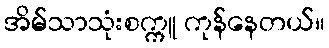
အိမ်သာသုံးစက္ကူ ကုန်နေတယ်။